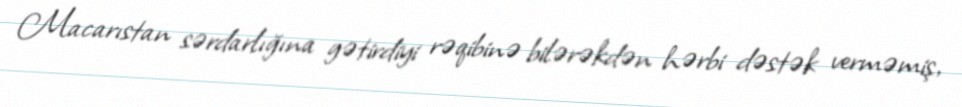
Macarıstan sərdarlığına gətirdiyi rəqibinə bilərəkdən hərbi dəstək verməmiş,